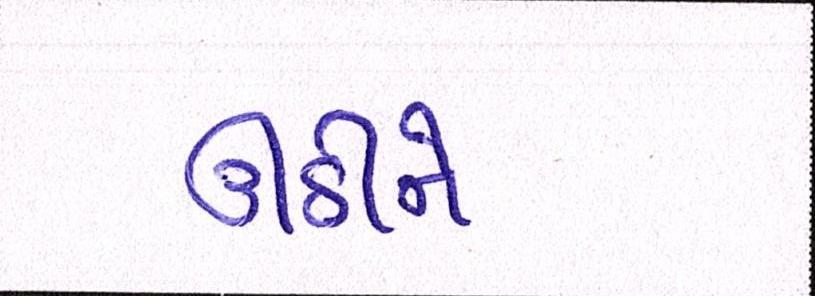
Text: ઊઠીને